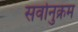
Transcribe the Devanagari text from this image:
सर्वानुक्रम